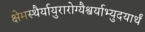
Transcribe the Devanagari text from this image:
क्षेमस्थैर्यायुरारोग्यैश्वर्याभ्युदयार्थं